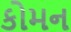
કોમન